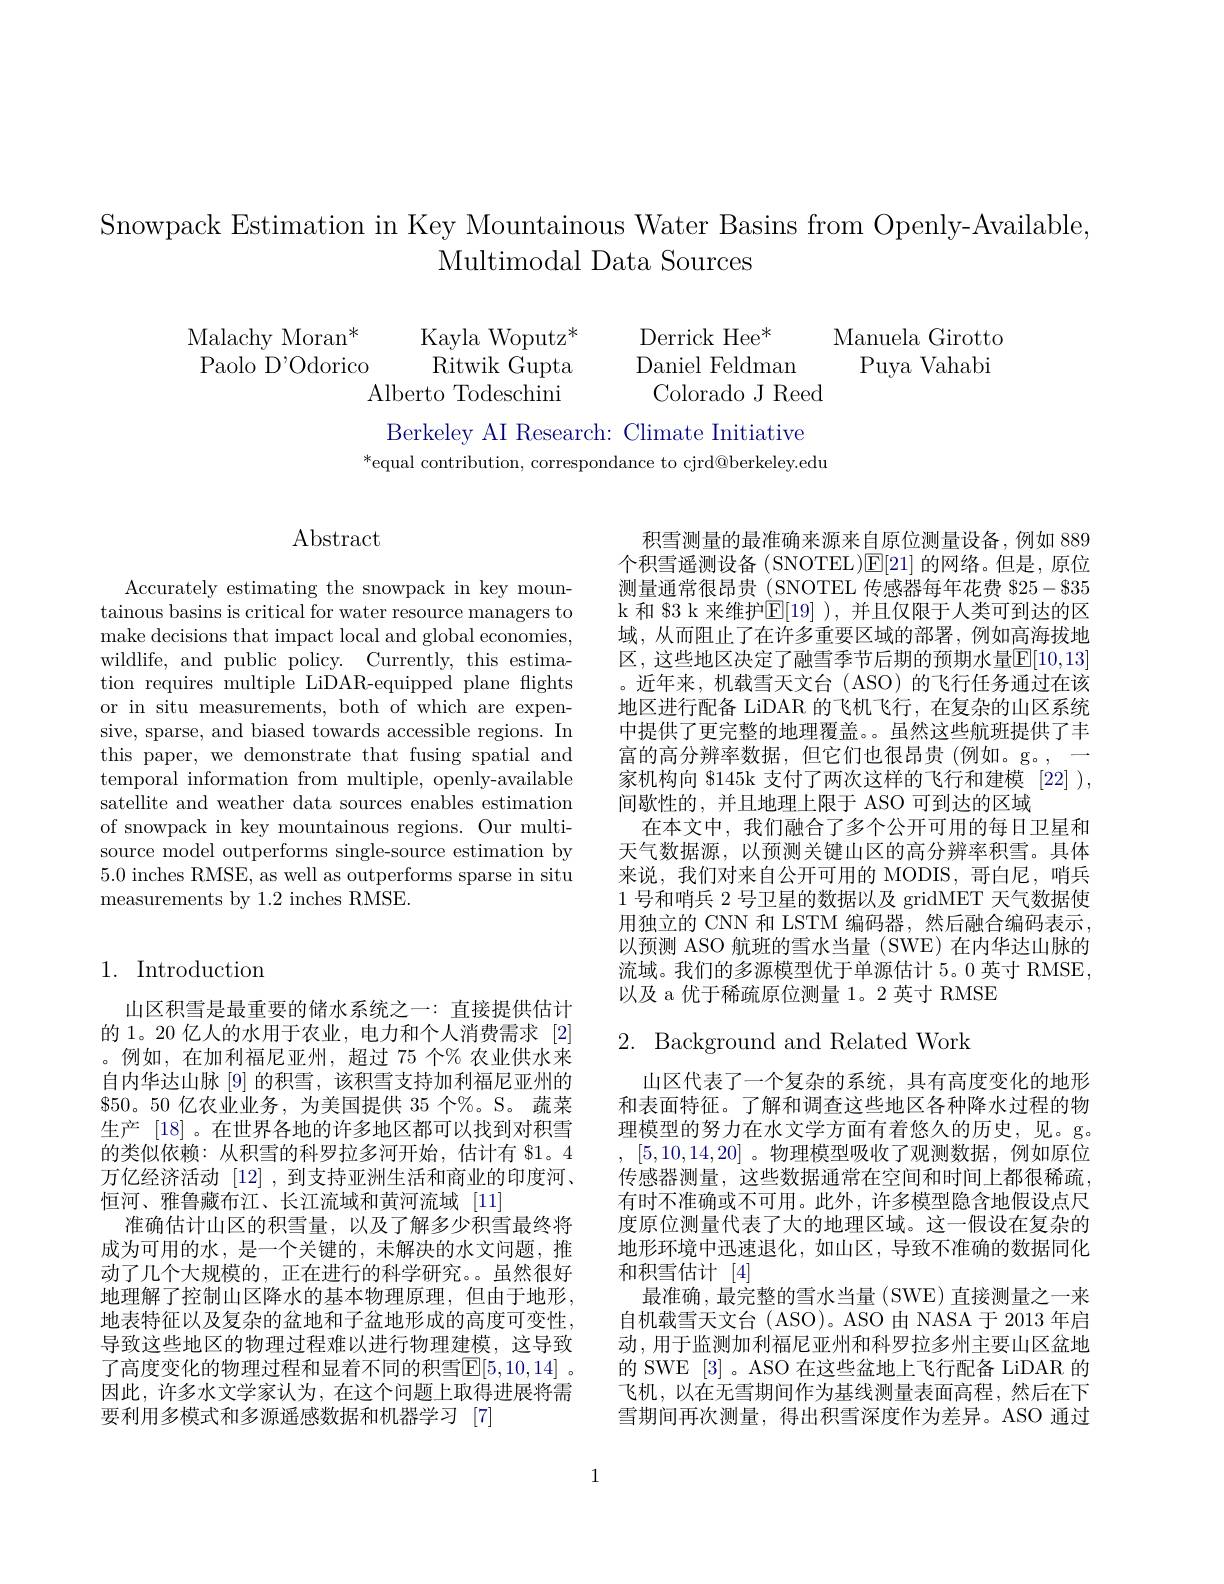
Snowpack Estimation in Key Mountainous Water Basins from Openlv-Available
Multimodal Data Sources

$\begin{array}{cc}&&&&&&\\\text{Malachy Moran*}&&\text{Kayla Woputz*}&&&&\text{Manuela Girotto}\\\text{Paolo D'Odorico}&&\text{Ritwik Gupta}&&&\text{Daniel Feldman}&&\text{Puya Vahabi}\\&&&&\text{Colorado J Reeed}\end{array}$

Berkeley AI Research: Climate Initiative
$^*$equal contribution, correspondance to cjrd@berkeley.edu

## $\operatorname{Abstract}$

Accurately estimating the snowpack in key mountainous basins is critical for water resource managers to make decisions that impact local and global economies, wildlife, and public policy. Currently, this estimation requires multiple LiDAR-equipped plane flights or in situ measurements, both of which are expensive, sparse, and biased towards accessible regions. In this paper, we demonstrate that fusing spatial and temporal information from multiple, openly-available satellite and weather data sources enables estimation of snowpack in key mountainous regions. Our multisource model outperforms single-source estimation by 5.0 inches RMSE, as well as outperforms sparse in situ measurements by 1.2 inches RMSE.

## 1. Introduction

山区积雪是最重要的储水系统之一：直接提供估计的 1。20 亿人的水用于农业，电力和个人消费需求[2] 。例如，在加利福尼亚州，超过 75 个% 农业供水来自内华达山脉[9]的积雪，该积雪支持加利福尼亚州的$\$50。50$亿农业业务，为美国提供 35 个%。S。蔬菜生产[18]。在世界各地的许多地区都可以找到对积雪的类似依赖：从积雪的科罗拉多河开始，估计有$\$1。4$ 万亿经济活动[12] ,到支持亚洲生活和商业的印度河、 恒河、雅鲁藏布江、长江流域和黄河流域[11]
准确估计山区的积雪量，以及了解多少积雪最终将成为可用的水，是一个关键的，未解决的水文问题，推动了几个大规模的，正在进行的科学研究。虽然很好地理解了控制山区降水的基本物理原理，但由于地形， 地表特征以及复杂的盆地和子盆地形成的高度可变性， 导致这些地区的物理过程难以进行物理建模，这导致了高度变化的物理过程和显着不同的积雪$\mathbb{E}[5,10,14]$ 。因此，许多水文学家认为，在这个问题上取得进展将需要利用多模式和多源遥感数据和机器学习[7]

积雪测量的最准确来源来自原位测量设备，例如 889个积雪遥测设备 (SNOTEL)E[21]的网络。但是，原位测量通常很昂贵 (SNOTEL 传感器每年花费 825-835 k 和 83 k 来维护$\mathbb{E}[19]$ ),并且仅限于人类可到达的区域，从而阻止了在许多重要区域的部署，例如高海拔地区，这些地区决定了融雪季节后期的预期水量$\overline{\mathrm{E}}[10,13]$ 。近年来，机载雪天文台(ASO)的飞行任务通过在该地区进行配备 LiDAR 的飞机飞行，在复杂的山区系统中提供了更完整的地理覆盖。虽然这些航班提供了丰富的高分辨率数据，但它们也很昂贵(例如。g。,一家机构向 \$145k 支付了两次这样的飞行和建模 [22] ), 间歇性的，并且地理上限于 ASO 可到达的区域
在本文中，我们融合了多个公开可用的每日卫星和天气数据源，以预测关键山区的高分辨率积雪。具体来说，我们对来自公开可用的 MODIS,哥白尼，哨兵1 号和哨兵 2 号卫星的数据以及 gridMET 天气数据使用独立的 CNN 和 LSTM 编码器，然后融合编码表示， 以预测 ASO 航班的雪水当量 (SWE) 在内华达山脉的流域。我们的多源模型优于单源估计 5。0 英寸 RMSE, 以及 a 优于稀疏原位测量 1。2 英寸 RMSE

## 2. Background and Related Work

山区代表了一个复杂的系统，具有高度变化的地形和表面特征。了解和调查这些地区各种降水过程的物理模型的努力在水文学方面有着悠久的历史，见。g。, [5,10,14,20] 。物理模型吸收了观测数据，例如原位传感器测量，这些数据通常在空间和时间上都很稀疏， 有时不准确或不可用。此外，许多模型隐含地假设点尺度原位测量代表了大的地理区域。这一假设在复杂的地形环境中迅速退化，如山区，导致不准确的数据同化和积雪估计 [4]
最准确，最完整的雪水当量(SWE)直接测量之一来自机载雪天文台 (ASO)。ASO 由 NASA 于 2013 年启动，用于监测加利福尼亚州和科罗拉多州主要山区盆地的 SWE [3] 。ASO 在这些盆地上飞行配备 LiDAR 的飞机，以在无雪期间作为基线测量表面高程，然后在下雪期间再次测量，得出积雪深度作为差异。ASO 通过

1